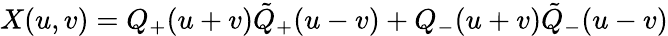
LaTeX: X(u,v)=Q_{+}(u+v)\tilde{Q}_{+}(u-v)+Q_{-}(u+v)\tilde{Q}_{-}(u-v)